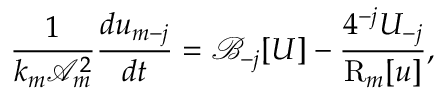
\frac { 1 } { k _ { m } \mathcal { A } _ { m } ^ { 2 } } \frac { d u _ { m - j } } { d t } = \mathcal { B } _ { - j } [ U ] - \frac { 4 ^ { - j } U _ { - j } } { \mathrm { R } _ { m } [ u ] } ,